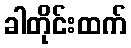
ခါတိုင်းထက်